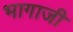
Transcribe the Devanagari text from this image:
भागाजी